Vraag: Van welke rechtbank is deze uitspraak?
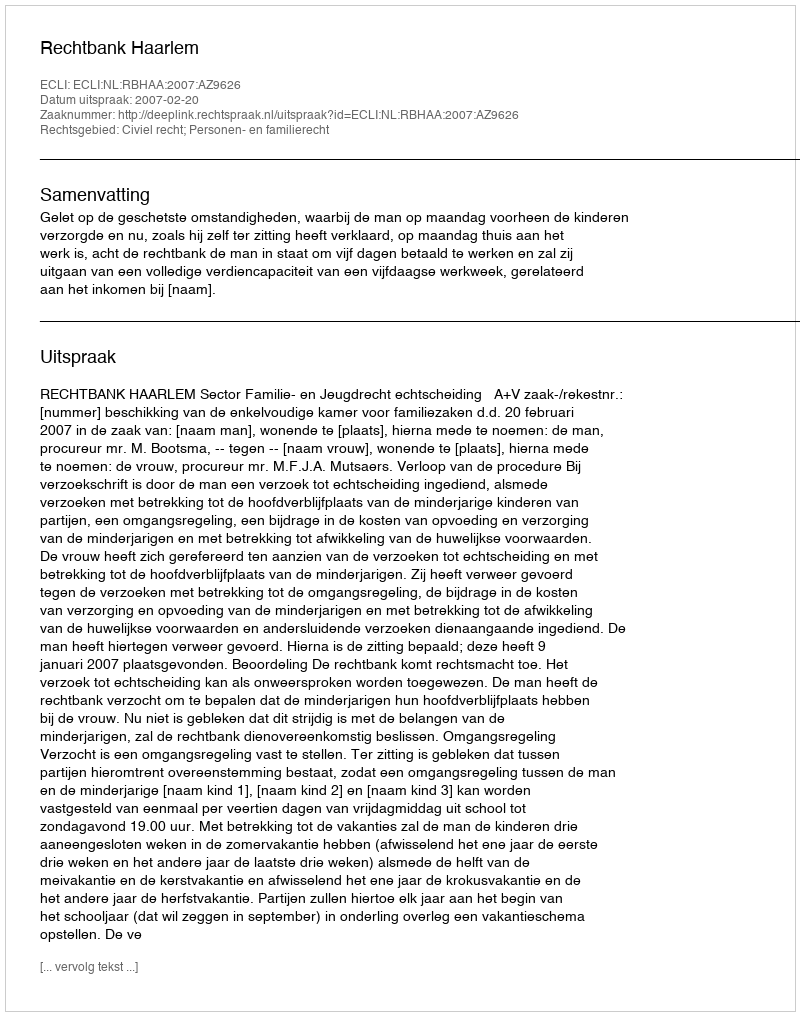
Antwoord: Rechtbank Haarlem